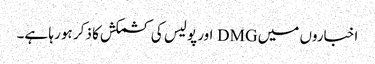
اخباروں میں DMG اور پولیس کی کشمکش کا ذکر ہو رہا ہے۔